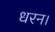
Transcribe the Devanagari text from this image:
धरन।